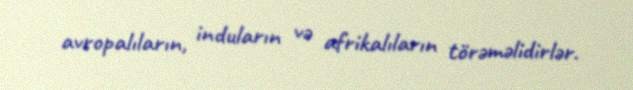
avropalıların, induların və afrikalıların törəməlidirlər.